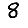
Digit: 8